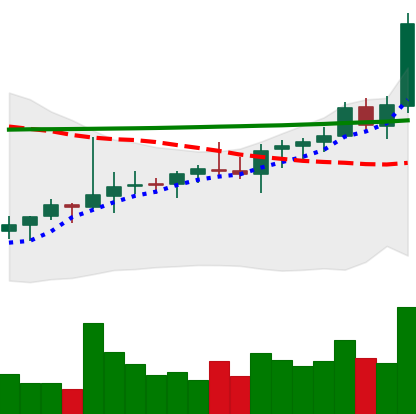
Ticker: ADA-USD
Chart end date: 2021-08-10
Forward return: 29.69%
Label: up_7plus